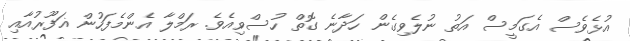
އުޅެވެސް އެގަމީސް އަތު ނުލެވިގެން ހަދާނެ ގޮތް ހުސްވިއެވެ. ރަމްލާ އެންމެފަހުން ޣަފޫރުއާއި